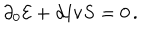
LaTeX: \partial _ { 0 } { \cal E } + { \bf d i v } { \bf S } = 0 \, .